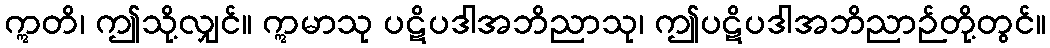
ဣတိ၊ ဤသို့လျှင်။ ဣမာသု ပဋိပဒါအဘိညာသု၊ ဤပဋိပဒါအဘိညာဉ်တို့တွင်။